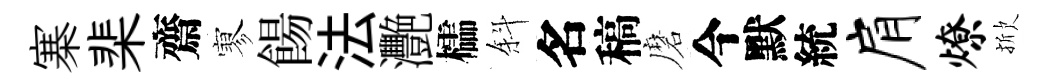
寨棐齋寥餳法灧櫺斜名稿磨今默統肩燎掀